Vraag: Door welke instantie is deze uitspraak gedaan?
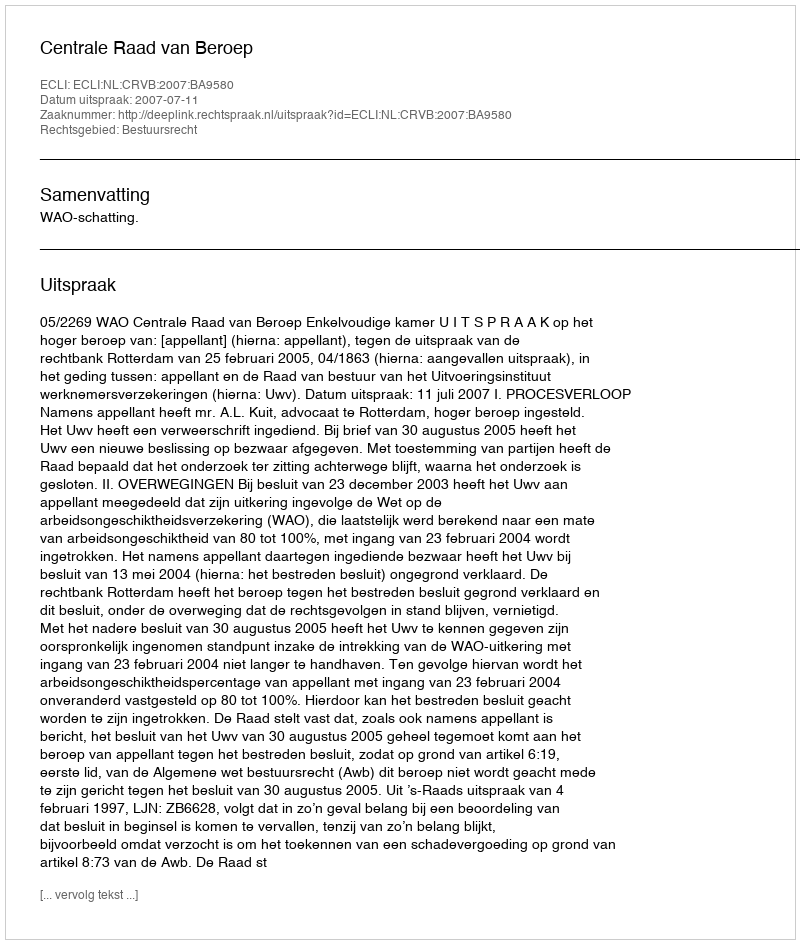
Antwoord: Centrale Raad van Beroep